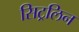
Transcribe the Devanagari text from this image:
सिट्रलिन